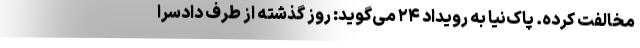
مخالفت کرده. پاک‌نیا به رویداد ۲۴ می‌گوید: روز گذشته از طرف دادسرا